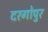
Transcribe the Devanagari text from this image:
दरगोपुर